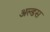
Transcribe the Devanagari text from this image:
अल्डस